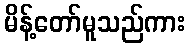
မိန့်တော်မူသည်ကား